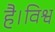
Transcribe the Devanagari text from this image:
है।विश्व